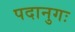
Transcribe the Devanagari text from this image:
पदानुगः